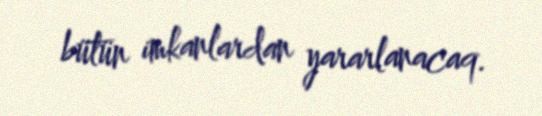
bütün imkanlardan yararlanacaq.